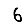
Digit: 6